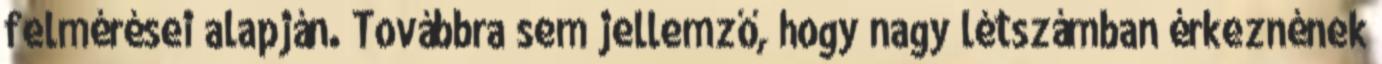
felmérései alapján. Továbbra sem jellemző, hogy nagy létszámban érkeznének